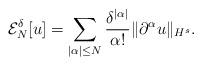
LaTeX: \begin{align*}\mathcal{E}_N^\delta [u]=\sum_{|\alpha|\leq N}\frac{\delta^{|\alpha|}}{\alpha!}\|\partial^\alpha u\|_{H^s}.\end{align*}